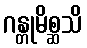
ဂန္တုမိစ္ဆသိ